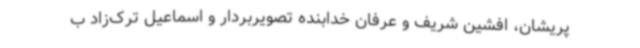
پریشان، افشین شریف و عرفان خدابنده تصویربردار و اسماعیل ترک‌زاد ب